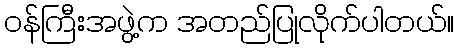
ဝန်ကြီးအဖွဲ့က အတည်ပြုလိုက်ပါတယ်။